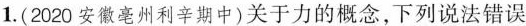
1.(2020安徽亳州利辛期中)关于力的概念，下列说法错误